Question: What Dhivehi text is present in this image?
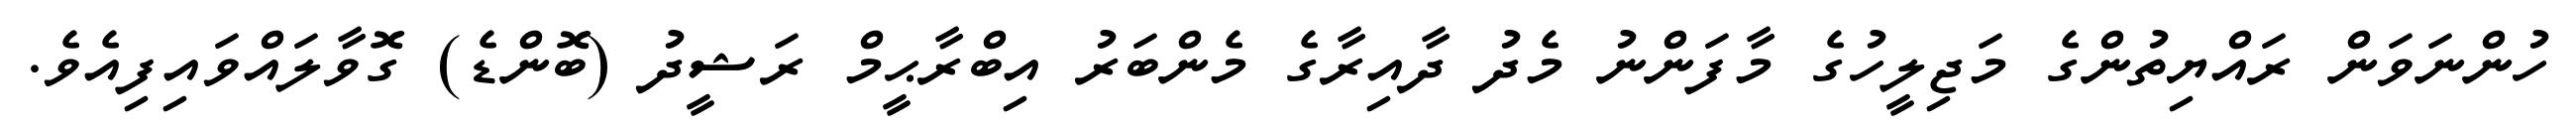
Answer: ހުންނަވަން ރައްޔިތުންގެ މަޖިލީހުގެ މާފަންނު މެދު ދާއިރާގެ މެންބަރު އިބްރާޙީމް ރަޝީދު (ބޮންޑެ) ގޮވާލައްވައިފިއެވެ.